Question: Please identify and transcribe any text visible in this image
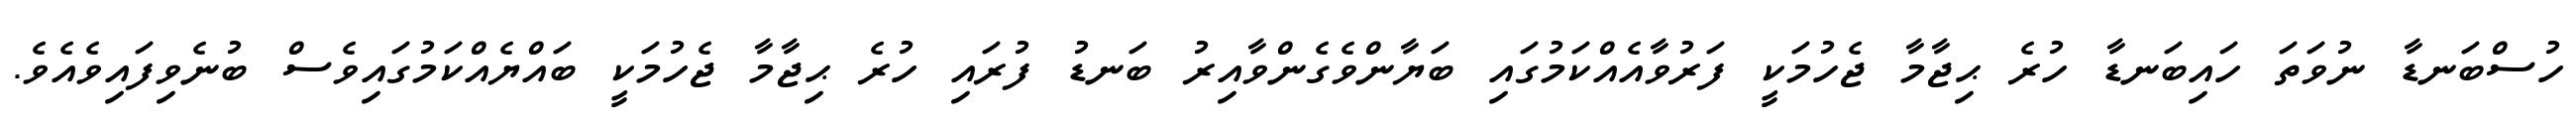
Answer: ހުސްބަނޑާ ނުވަތަ ހައިބަނޑާ ހުރެ ޙިޖާމާ ޖެހުމަކީ ފަރުވާއެއްކަމުގައި ބަޔާންވެގެންވާއިރު ބަނޑު ފުރައި ހުރެ ޙިޖާމާ ޖެހުމަކީ ބައްޔެއްކަމުގައިވެސް ބުނެވިފައިވެއެވެ.